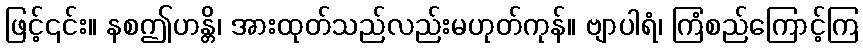
ဖြင့်၎င်း။ နစဤဟန္တိ၊ အားထုတ်သည်လည်းမဟုတ်ကုန်။ ဗျာပါရံ၊ ကြံစည်ကြောင့်ကြ